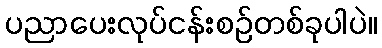
ပညာပေးလုပ်ငန်းစဉ်တစ်ခုပါပဲ။